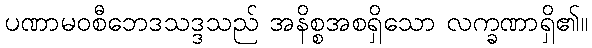
ပဏာမဝစီဘေဒသဒ္ဒသည် အနိစ္စအစရှိသော လက္ခဏာရှိ၏။